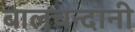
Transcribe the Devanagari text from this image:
बालचन्दानी